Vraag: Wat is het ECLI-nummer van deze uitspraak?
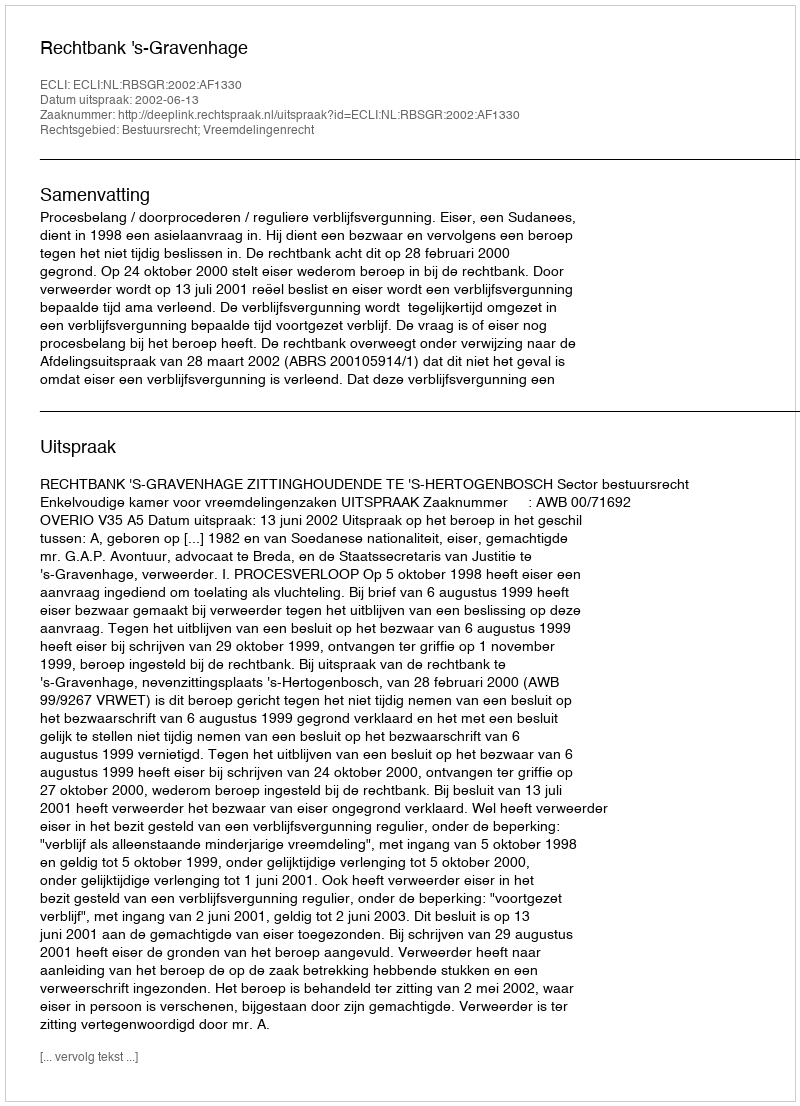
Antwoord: ECLI:NL:RBSGR:2002:AF1330